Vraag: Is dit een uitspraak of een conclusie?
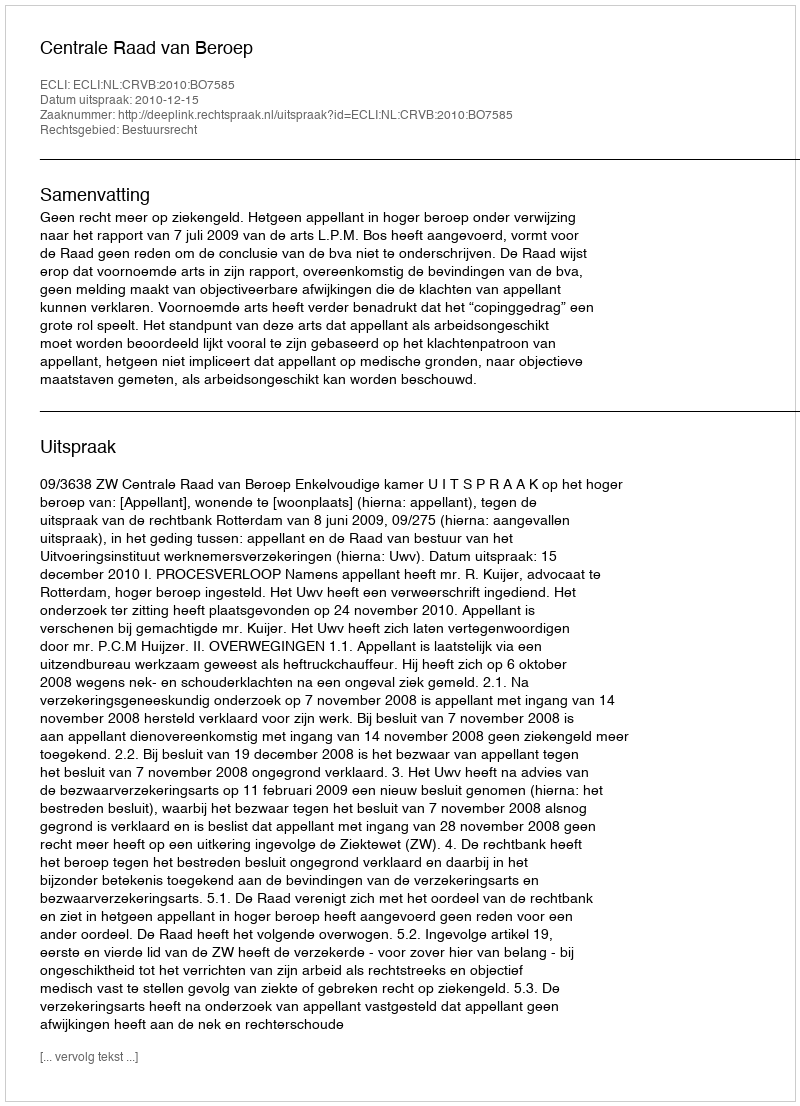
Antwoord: Uitspraak